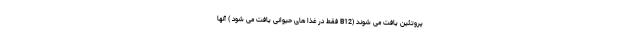
پروتئین یافت می شوند (B12 فقط در غذا های حیوانی یافت می شود ) آنها